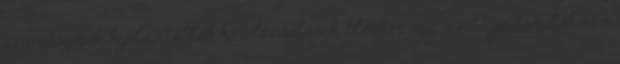
számítógépek, kijelző táblák körüli csalások, Elender-ügy, vizitdíjautomaták és a